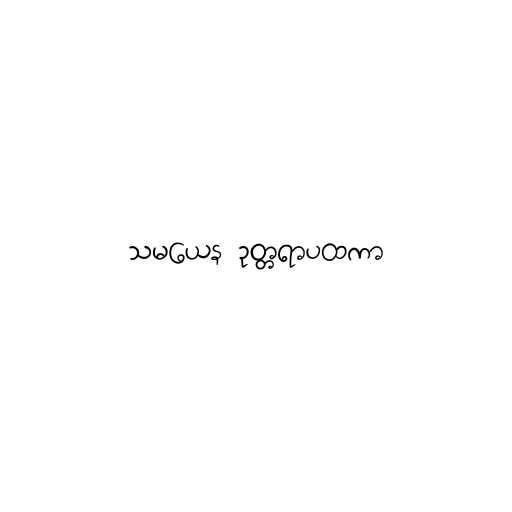
သမယေန ဥတ္တရာပထကာ